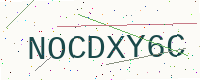
Text: NOCDXY6C